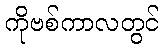
ကိုဗစ်ကာလတွင်